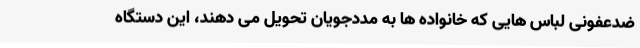
ضدعفونی لباس هایی که خانواده ها به مددجویان تحویل می دهند، این دستگاه